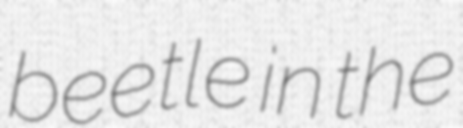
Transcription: beetle in the